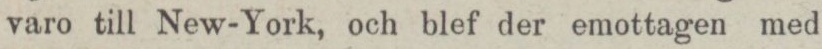
varo till New-York, och blef der emottagen med